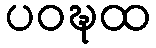
ပဝဍ္ဎထ